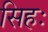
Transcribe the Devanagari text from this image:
सिहः